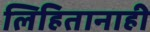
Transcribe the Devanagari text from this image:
लिहितानाही